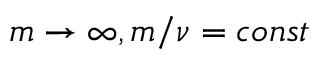
m \to \infty , m / \nu = c o n s t